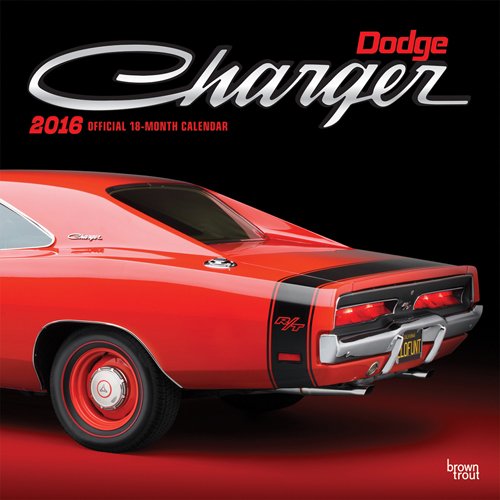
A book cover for Dodge Charger 2016 Square 12x12; Browntrout Publishers; Calendars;